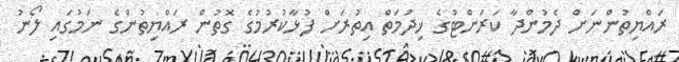
ރައްޔިތުންނަށް ދެމުންދާ ކަރަންޓުގެ ޚިދުމަތް އިތުރަށް ފުޅާކުރުމުގެ ގޮތުން ރައްޔިތުންގެ ނަމުގައި ލޯނު